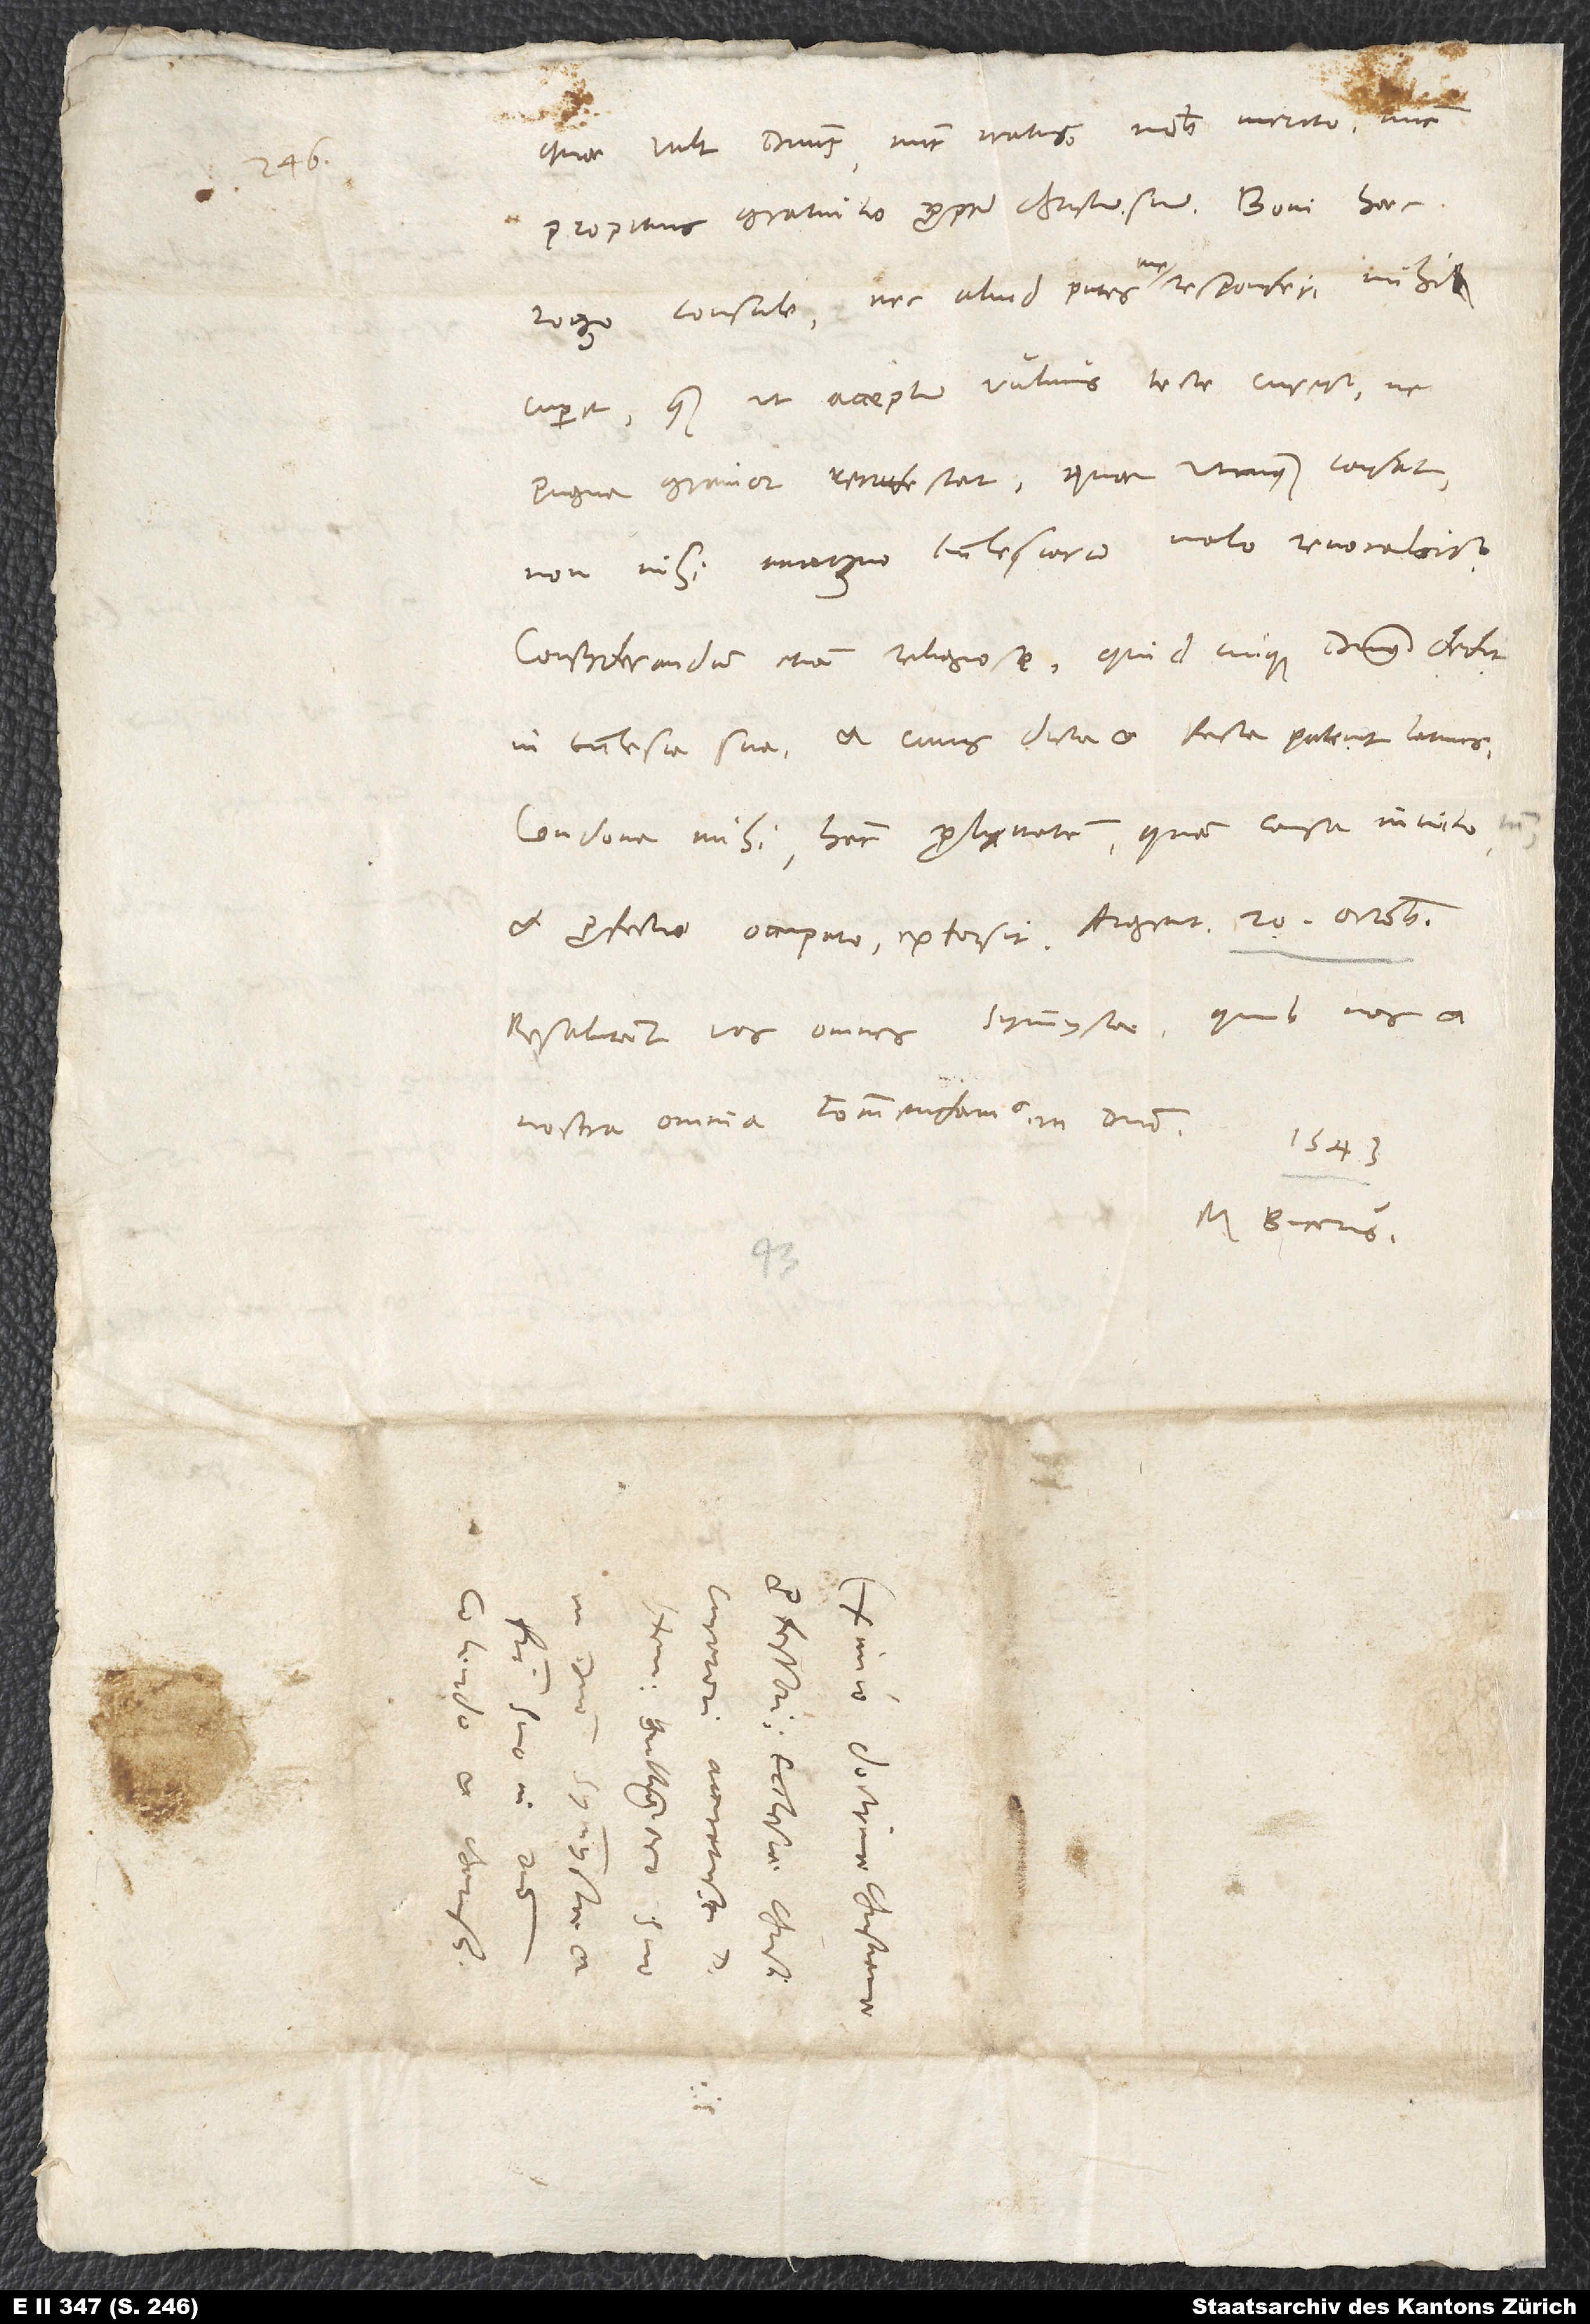
quae vult dominus nunc iratus nobis merito, nunc
propitius gratuito propter Christum suum. Boni haec,
rogo, consule nec aliud putes me responderi mihi
cupere, quam ut acceptum vulnus tecte curetur, ne
pugna gravior recrudescat, quae, utcunque cadat,
non nisi magno ecclesiarum malo revocabitur.
Consyderandum etiam religiose, quid cuique dominus dedit
in ecclesia sua et cuius dicta et facta patent latius.
Condona mihi hanc prolixitatem, quam causa invito tamen
Resalutant vos omnes symmystae, quibus nos et
nostra omnia commendamus in domino. 1543.
M. Bucerus.